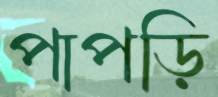
পাপড়ি